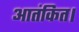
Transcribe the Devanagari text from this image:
आतंकित।